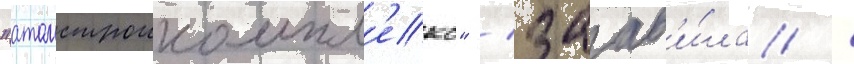
"атомстроикомпл'екс" / заав'и́ла /